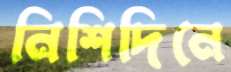
নিশিদিনে